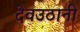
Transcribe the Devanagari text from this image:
देवउठानी